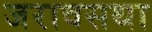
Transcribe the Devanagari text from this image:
जरावसथा